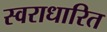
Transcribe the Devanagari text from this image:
स्वराधारित